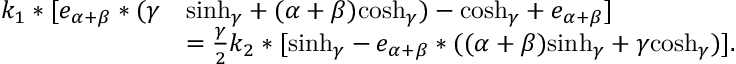
\begin{array} { r l } { { k _ { 1 } } * [ { e _ { \alpha + \beta } } * ( \gamma } & { { \sinh _ { \gamma } } + ( \alpha + \beta ) { \cosh _ { \gamma } } ) - { \cosh _ { \gamma } } + e _ { \alpha + \beta } ] } \\ & { = \textstyle { \frac \gamma 2 } { k _ { 2 } } * [ { \sinh _ { \gamma } } - { e _ { \alpha + \beta } } * ( ( { \alpha + \beta } ) { \sinh _ { \gamma } } + \gamma { \cosh _ { \gamma } } ) ] . } \end{array}